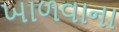
ખાળવાના